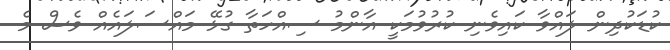
ކުޑަކުދިން ލައްވާ ކައިވެނި ކުރުވުމަކީ އާންމު ސިއްހަތާ ގުޅޭ މައްސަލައެއް ވެސް މެ